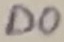
Text: D0